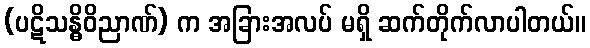
(ပဋိသန္ဓိဝိညာဏ်) က အခြားအလပ် မရှိ ဆက်တိုက်လာပါတယ်။